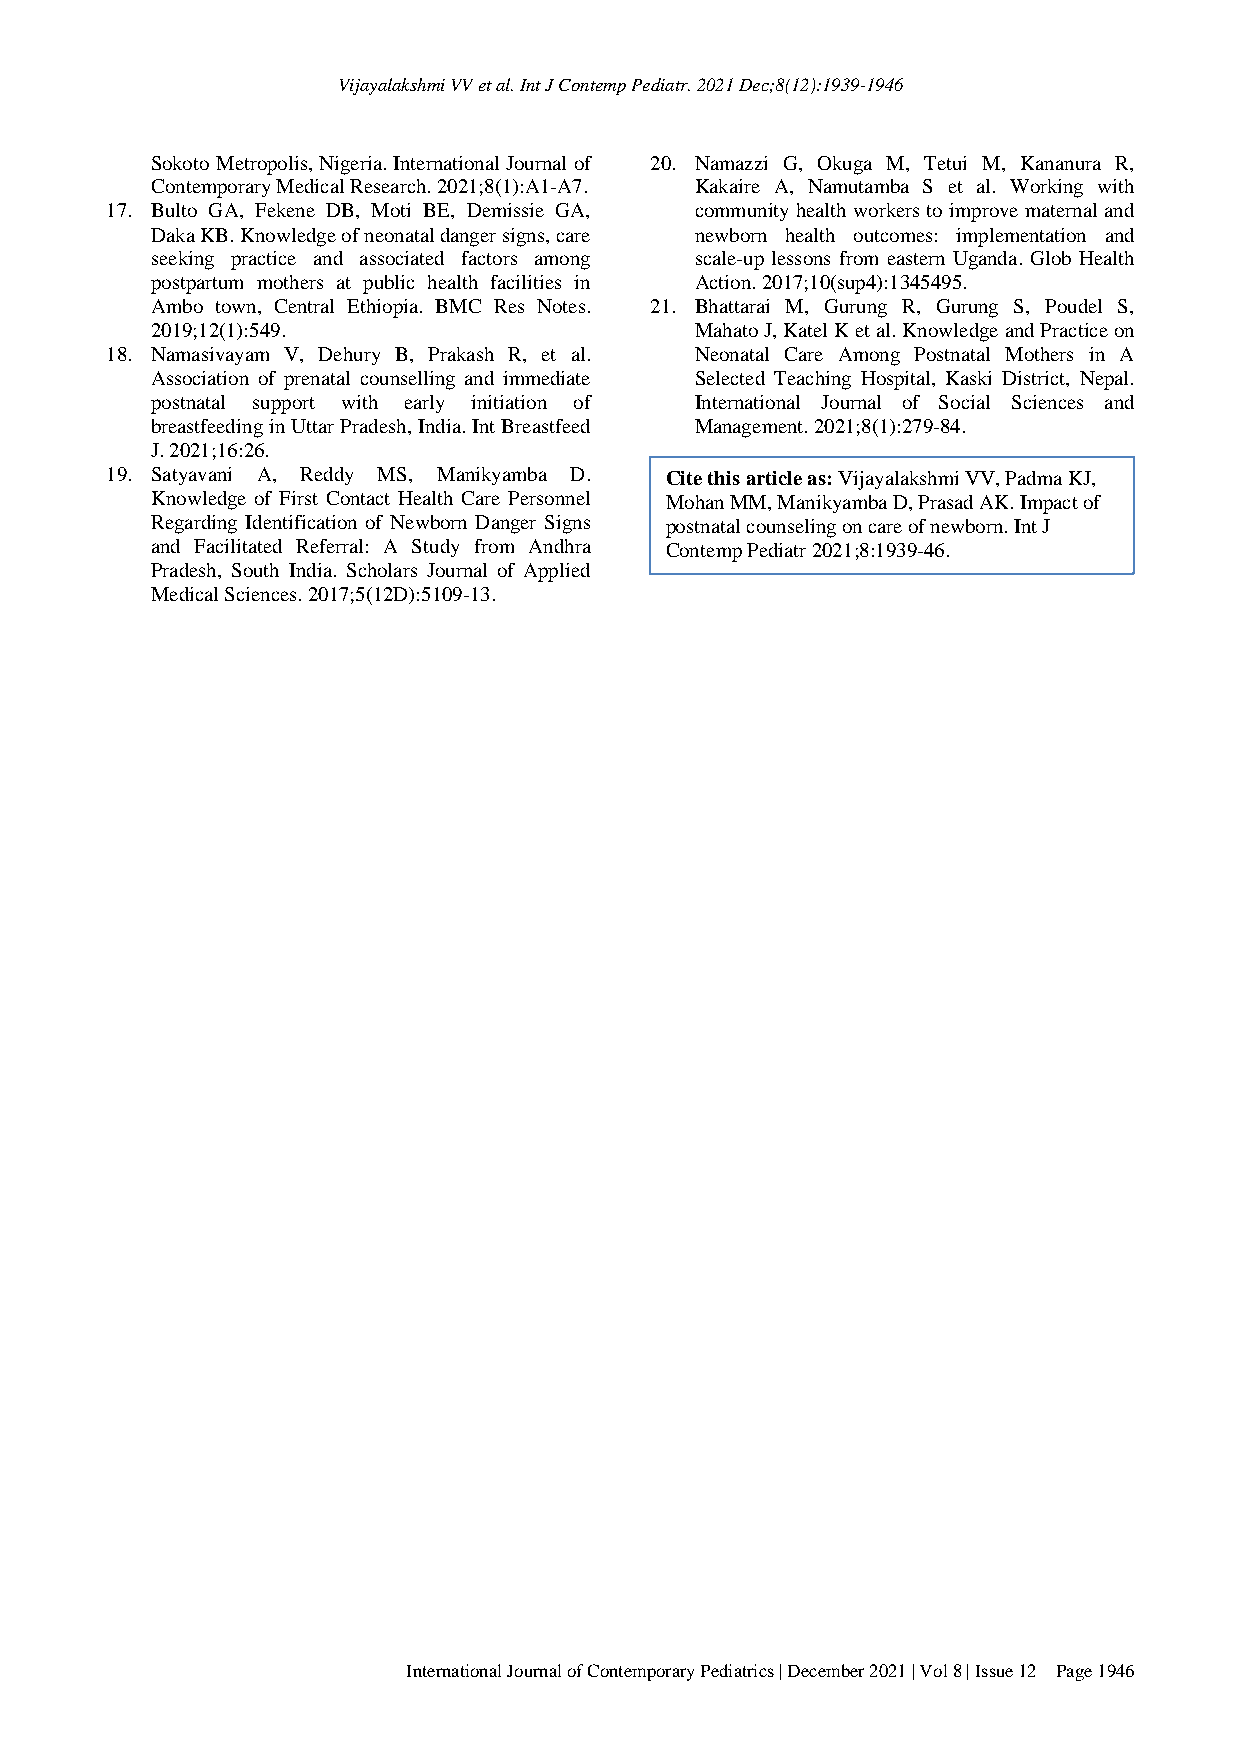
Vijayalakshmi VV et al. Int J Contemp Pediatr. 2021 Dec;8(12):1939-1946
 Sokoto Metropolis, Nigeria. International Journal of 20. Namazzi G, Okuga M, Tetui M, Kananura R,
 Contemporary Medical Research. 2021;8(1):A1-A7. Kakaire A, Namutamba S et al. Working with
 17. Bulto GA, Fekene DB, Moti BE, Demissie GA, community health workers to improve maternal and
 Daka KB. Knowledge of neonatal danger signs, care newborn health outcomes: implementation and
 seeking practice and associated factors among scale-up lessons from eastern Uganda. Glob Health
 postpartum mothers at public health facilities in Action. 2017;10(sup4):1345495.
 Ambo town, Central Ethiopia. BMC Res Notes. 21. Bhattarai M, Gurung R, Gurung S, Poudel S,
 2019;12(1):549.                     Mahato J, Katel K et al. Knowledge and Practice on
 18. Namasivayam V, Dehury B, Prakash R, et al. Neonatal Care Among Postnatal Mothers in A
 Association of prenatal counselling and immediate Selected Teaching Hospital, Kaski District, Nepal.
 postnatal support with early initiation of International Journal of Social Sciences and
 breastfeeding in Uttar Pradesh, India. Int Breastfeed Management. 2021;8(1):279-84.
 J. 2021;16:26.
 19. Satyavani A, Reddy MS, Manikyamba D. Cite this article as: Vijayalakshmi VV, Padma KJ,
 Knowledge of First Contact Health Care Personnel Mohan MM, Manikyamba D, Prasad AK. Impact of
 Regarding Identification of Newborn Danger Signs postnatal counseling on care of newborn. Int J
 and Facilitated Referral: A Study from Andhra Con temp Pediatr 2021;8:1939-46.
 Pradesh, South India. Scholars Journal of Applied
 Medical Sciences. 2017;5(12D):5109-13.
 International Journal of Contemporary Pediatrics | December 2021 | Vol 8 | Issue 12 Page 1946